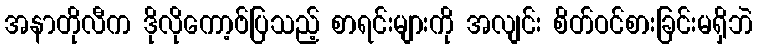
အနာတိုလီက ဒိုလိုကော့ဗ်ပြသည့် စာရင်းများကို အလျင်း စိတ်ဝင်စားခြင်းမရှိဘဲ